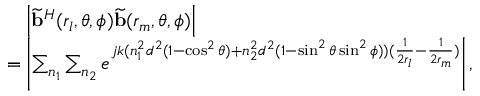
\begin{array} { r l } & { ~ ~ ~ \left| { \widetilde { \bf { b } } } ^ { H } ( r _ { l } , \theta , \phi ) { \widetilde { \bf { b } } } ( r _ { m } , \theta , \phi ) \right| } \\ & { = \left| \sum _ { n _ { 1 } } \sum _ { n _ { 2 } } e ^ { j k ( n _ { 1 } ^ { 2 } d ^ { 2 } ( 1 - \cos ^ { 2 } \theta ) + n _ { 2 } ^ { 2 } d ^ { 2 } ( 1 - \sin ^ { 2 } \theta \sin ^ { 2 } \phi ) ) ( \frac { 1 } { 2 r _ { l } } - \frac { 1 } { 2 r _ { m } } ) } \right| , } \end{array}